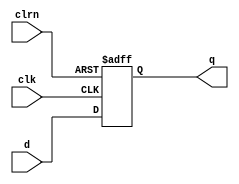
module dff3(d,clk,clrn,q
    );
	input [2:0] d;
	input clk,clrn;
	output [2:0] q;

    reg q;
    always @ (negedge clrn or posedge clk) //clrn下降沿或clk上升沿触发，若clrn=0，清零，否则q<=d
	 if(clrn==0)
	     begin
		      q<=0;
		  end
    else	
        begin		      
		      q<=d;
		  end	 
endmodule